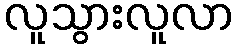
လူသွားလူလာ